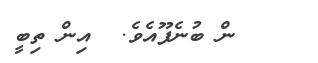
ން ބުނެފޫއެވެ.  އިން ތިބީ